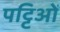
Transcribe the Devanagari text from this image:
पट्टिओं